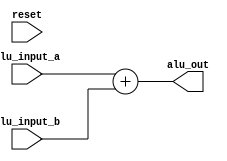
module exe(
    input [7:0] alu_input_a,
    input [7:0] alu_input_b,
    input reset,
    output [7:0] alu_out
    );
	wire c_out;
	assign {c_out,alu_out}  = alu_input_a + alu_input_b;
endmodule